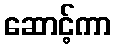
ဆောင့်ကာ